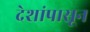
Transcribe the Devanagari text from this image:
देशांपासून